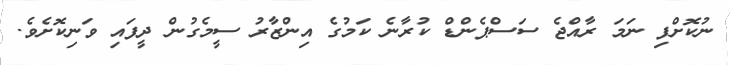
ނުކޮށްފި ނަމަ ރާއްޖެ ސަސްޕެންޑް ކުރާނެ ކަމުގެ އިންޒާރު ސީމެގުން ދީފައި ވަނިކޮށެވެ.